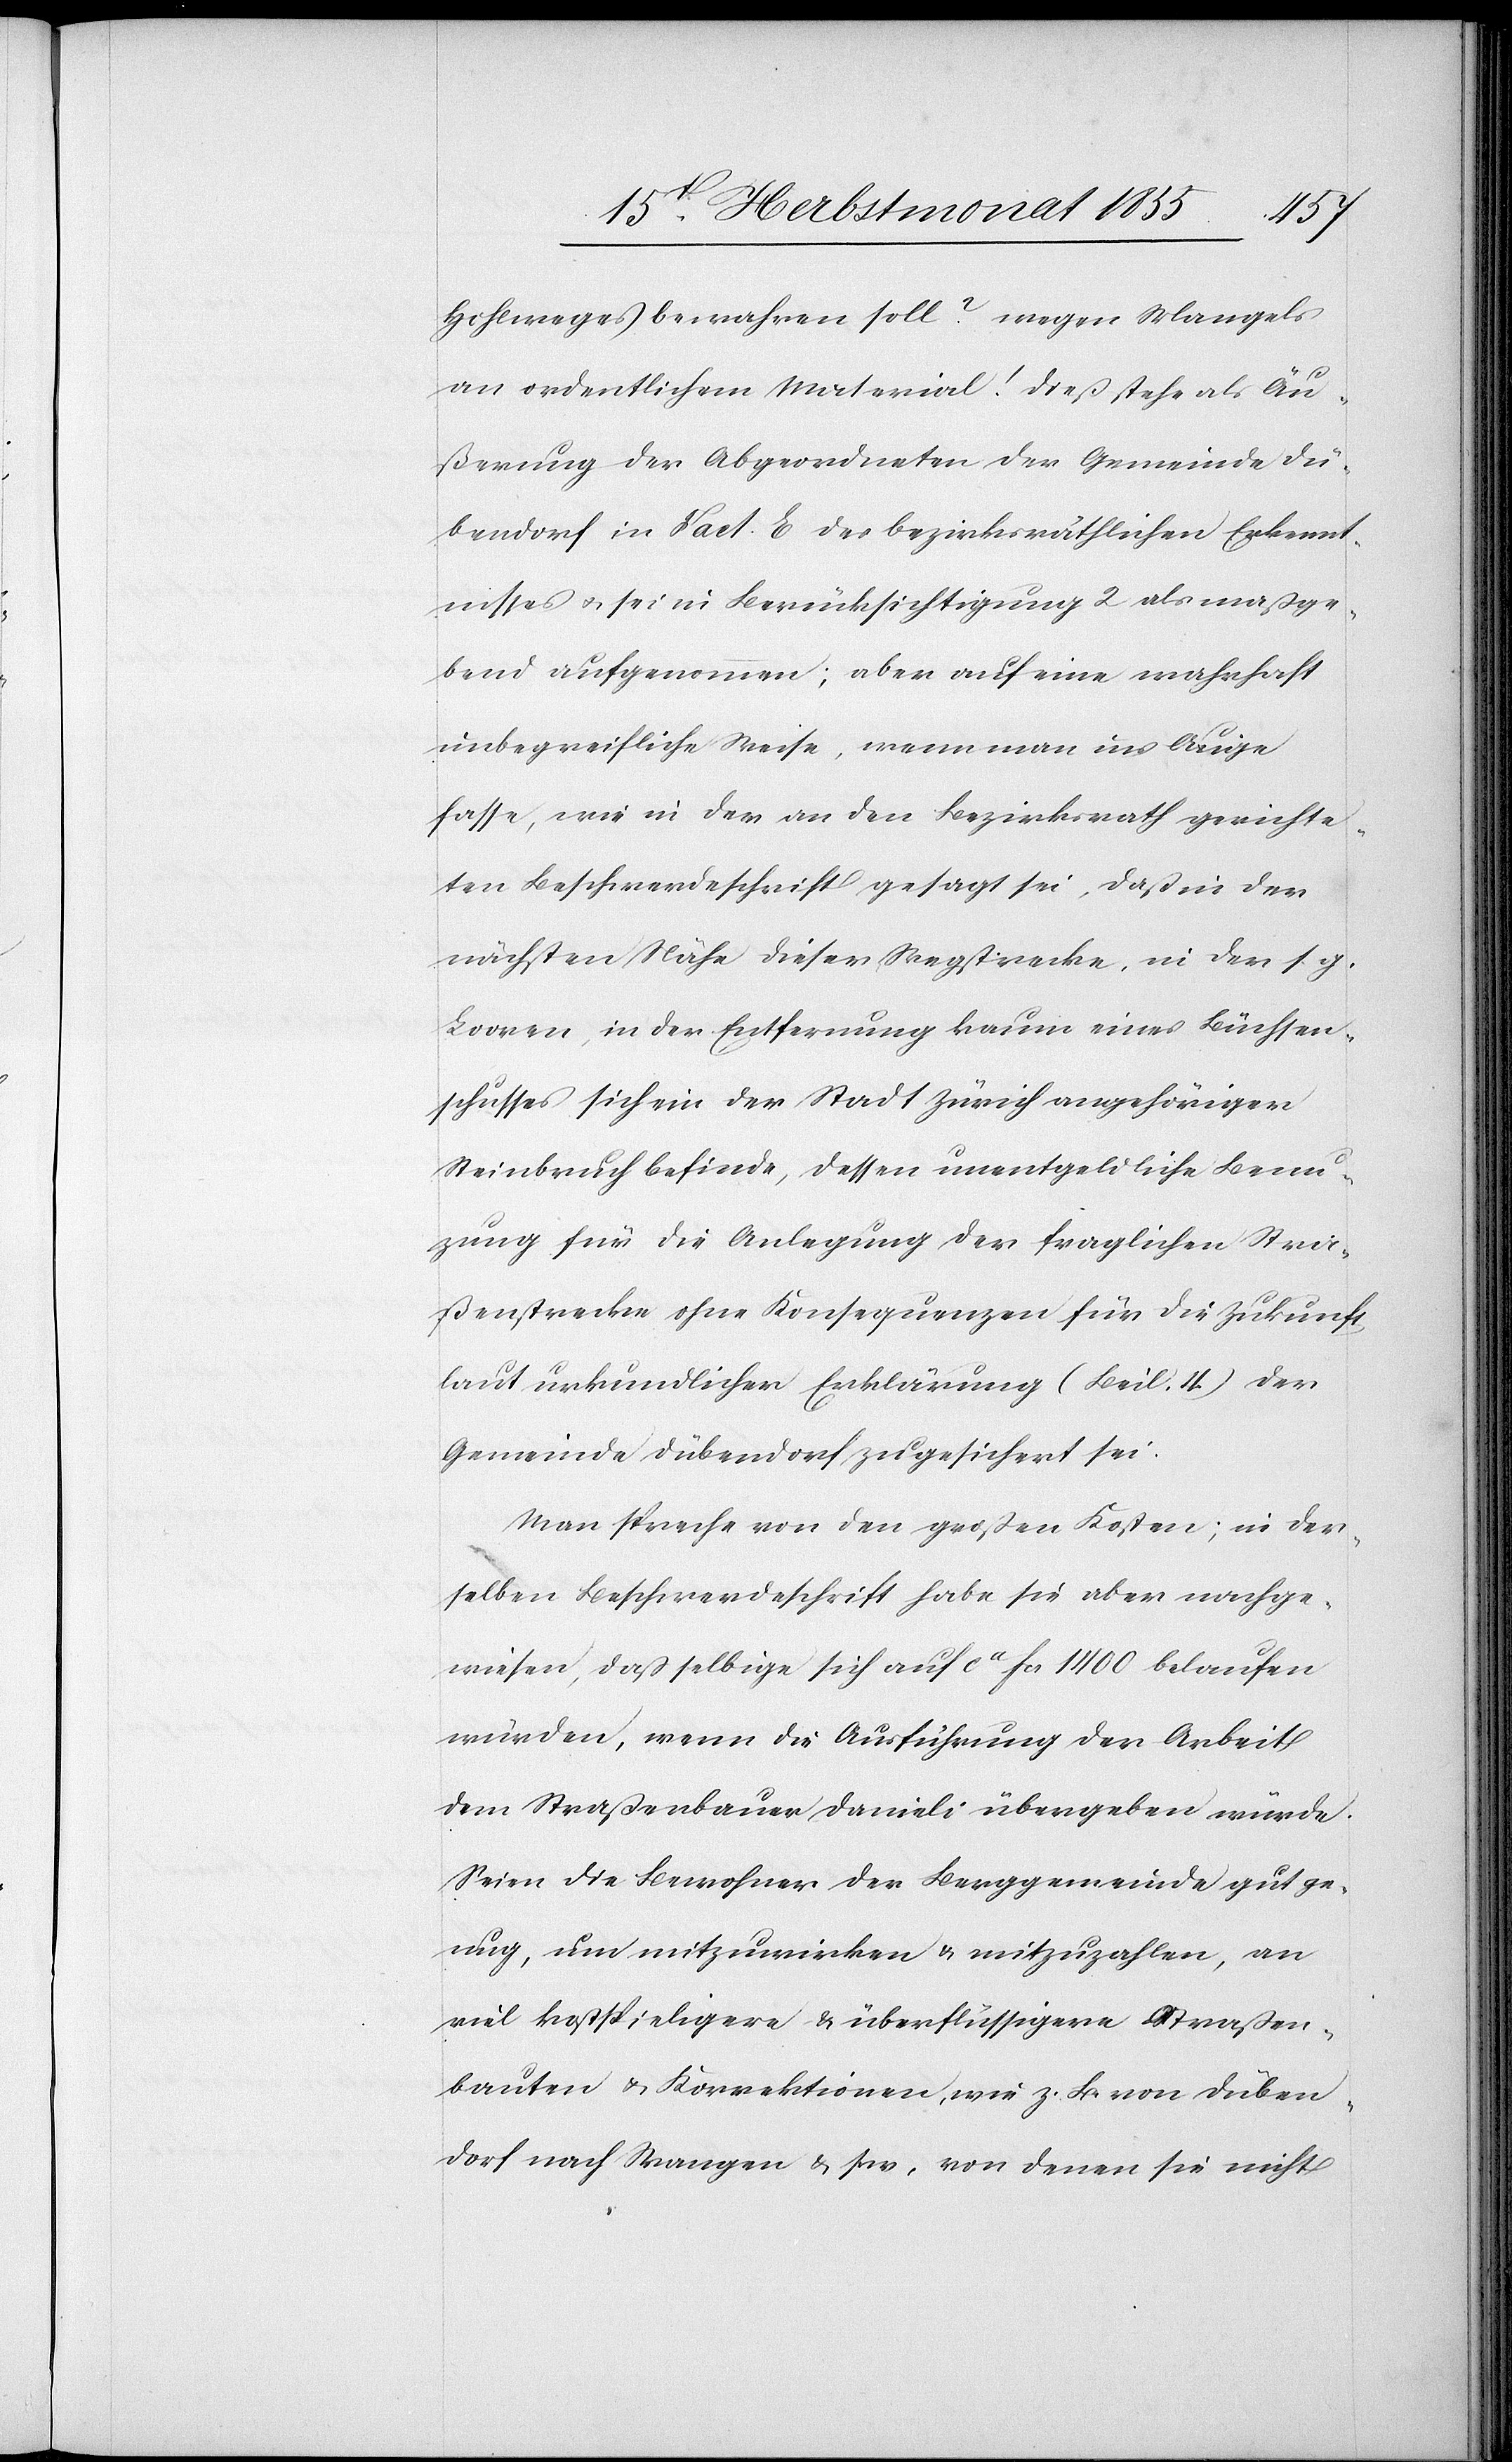
Hohlweges bewahren soll? wegen Mangels
an ordentlichem Material! Dieß stehe als Äu¬
ßerung der Abgeordneten der Gemeinde Dü¬
bendorf in Fact. E des bezirksräthlichen Erkennt¬
nisses & sei in Berücksichtigung 2 als maßge¬
bend aufgenommen; aber auf eine wahrhaft
unbegreifliche Weise, wenn man ins Auge
fasse, wie in der an den Bezirksrath gerichte¬
ten Beschwerdeschrift gesagt sei, daß in der
nächsten Nähe dieser Wegstrecke, in der s. g.
Looren, in der Entfernung kaum eines Büchsen¬
schusses sich ein der Stadt Zürich angehöriger
Steinbruch befinde, dessen unentgeldliche Benu¬
zung für die Anlegung der fraglichen Stra¬
ßenstrecken ohne Konsequenzen für die Zukunft
laut urkundlicher Erklärung (Beil. 4) der
Gemeinde Dübendorf zugesichert sei.
Man spreche von den großen Kosten; in der¬
selben Beschwerdeschrift habe sie aber nachge¬
wiesen, daß selbige sich auf ca fcs 1400 belaufen
würden, wenn die Ausführung der Arbeit
dem Straßenbauer Danieli übergeben würde.
Seien die Bewohner der Berggemeinde gut ge¬
nug, um mitzuwirken & mitzuzahlen, an
viel kostspieligere & überflüssigere Straßen¬
bauten & Korrektionen, wie z. B. von Düben¬
dorf nach Wangen & s. w, von denen sie nicht